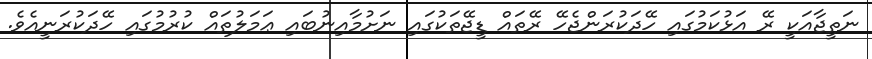
ނަތީޖާއަކީ ރޭ އަޅުކަމުގައި ހޭދަކުރަންޖެހޭ ރޭތައް ޑީޖޭތަކުގައި ނަށުމާއިނުބައި ޢަމަލުތައް ކުރުމުގައި ހޭދަކުރަނީއެވެ.